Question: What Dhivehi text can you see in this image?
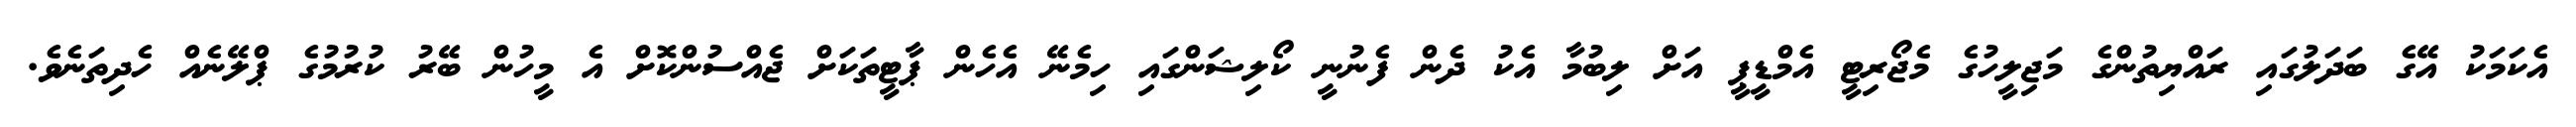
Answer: އެކަމަކު އޭގެ ބަދަލުގައި ރައްޔިތުންގެ މަޖިލީހުގެ މެޖޯރިޓީ އެމްޑީޕީ އަށް ލިބުމާ އެކު ދެން ފެނުނީ ކޯލިޝަންގައި ހިމެނޭ އެހެން ޕާޓީތަކަށް ޖެއްސުންކޮށް އެ މީހުން ބޭރު ކުރުމުގެ ޕްލޭނެއް ހެދިތަނެވެ.